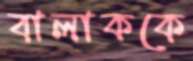
বালাককে